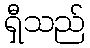
ရှီသည်